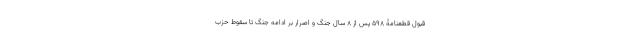
قبول قطعنامۀ 598 پس از 8 سال جنگ و اصرار بر ادامه جنگ تا سقوط حزب